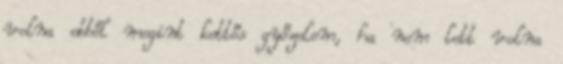
volna ebből megint kettős győzelem, ha nem lett volna